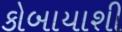
કોબાયાશી